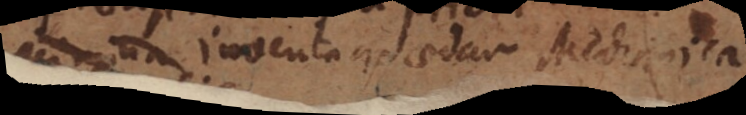
inventa quaedam Mechanica